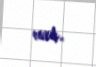
var.